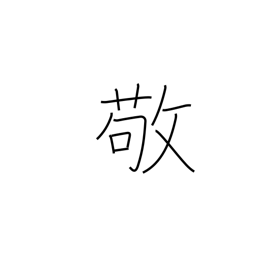
Meaning: revere